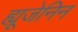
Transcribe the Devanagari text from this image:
ह्यूजेनिन